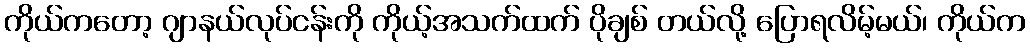
ကိုယ်ကတော့ ဂျာနယ်လုပ်ငန်းကို ကိုယ့်အသက်ထက် ပိုချစ် တယ်လို့ ပြောရလိမ့်မယ်၊ ကိုယ်က